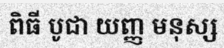
ពិធី បូជា យញ្ញ មនុស្ស